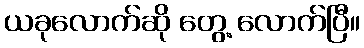
ယခုလောက်ဆို တွေ့ လောက်ပြီ။